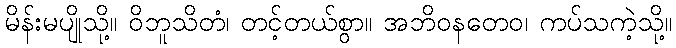
မိန်းမပျိုသို့။ ဝိဘူသိတံ၊ တင့်တယ်စွာ။ အဘိဝနတေဝ၊ ကပ်သကဲ့သို့။